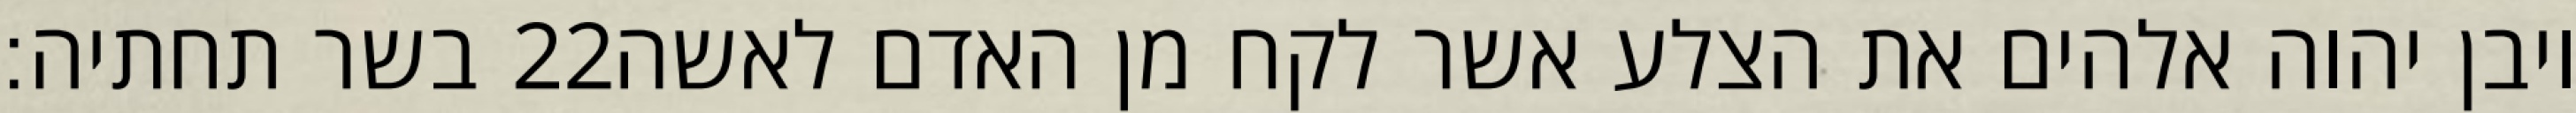
בשר תחתיה׃ ‎22‏ ויבן יהוה אלהים את הצלע אשר לקח מן האדם לאשה